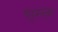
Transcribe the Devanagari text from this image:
ऐरेनेसस